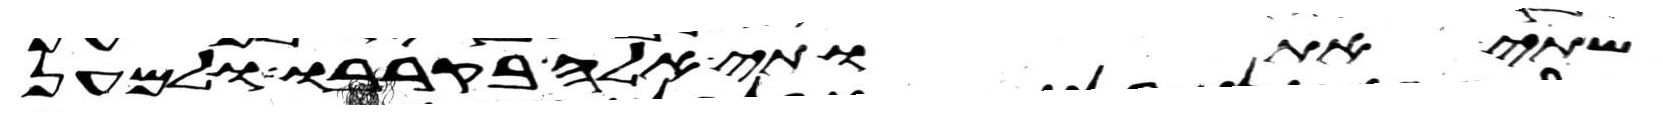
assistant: שתי אתותי אלה בקרבו ולמען